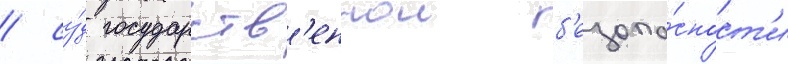
/ су́д государств'еннои б'езопа́сност'и